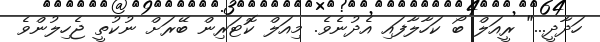
ހަދާދީ..." ރީއަލް ބޯ ކަހާލާފައި އެދުނެވެ. މިއަލް ކޮޓަރިން ބޭރަށް ނުކުތީ ޖެހިލުންވެ